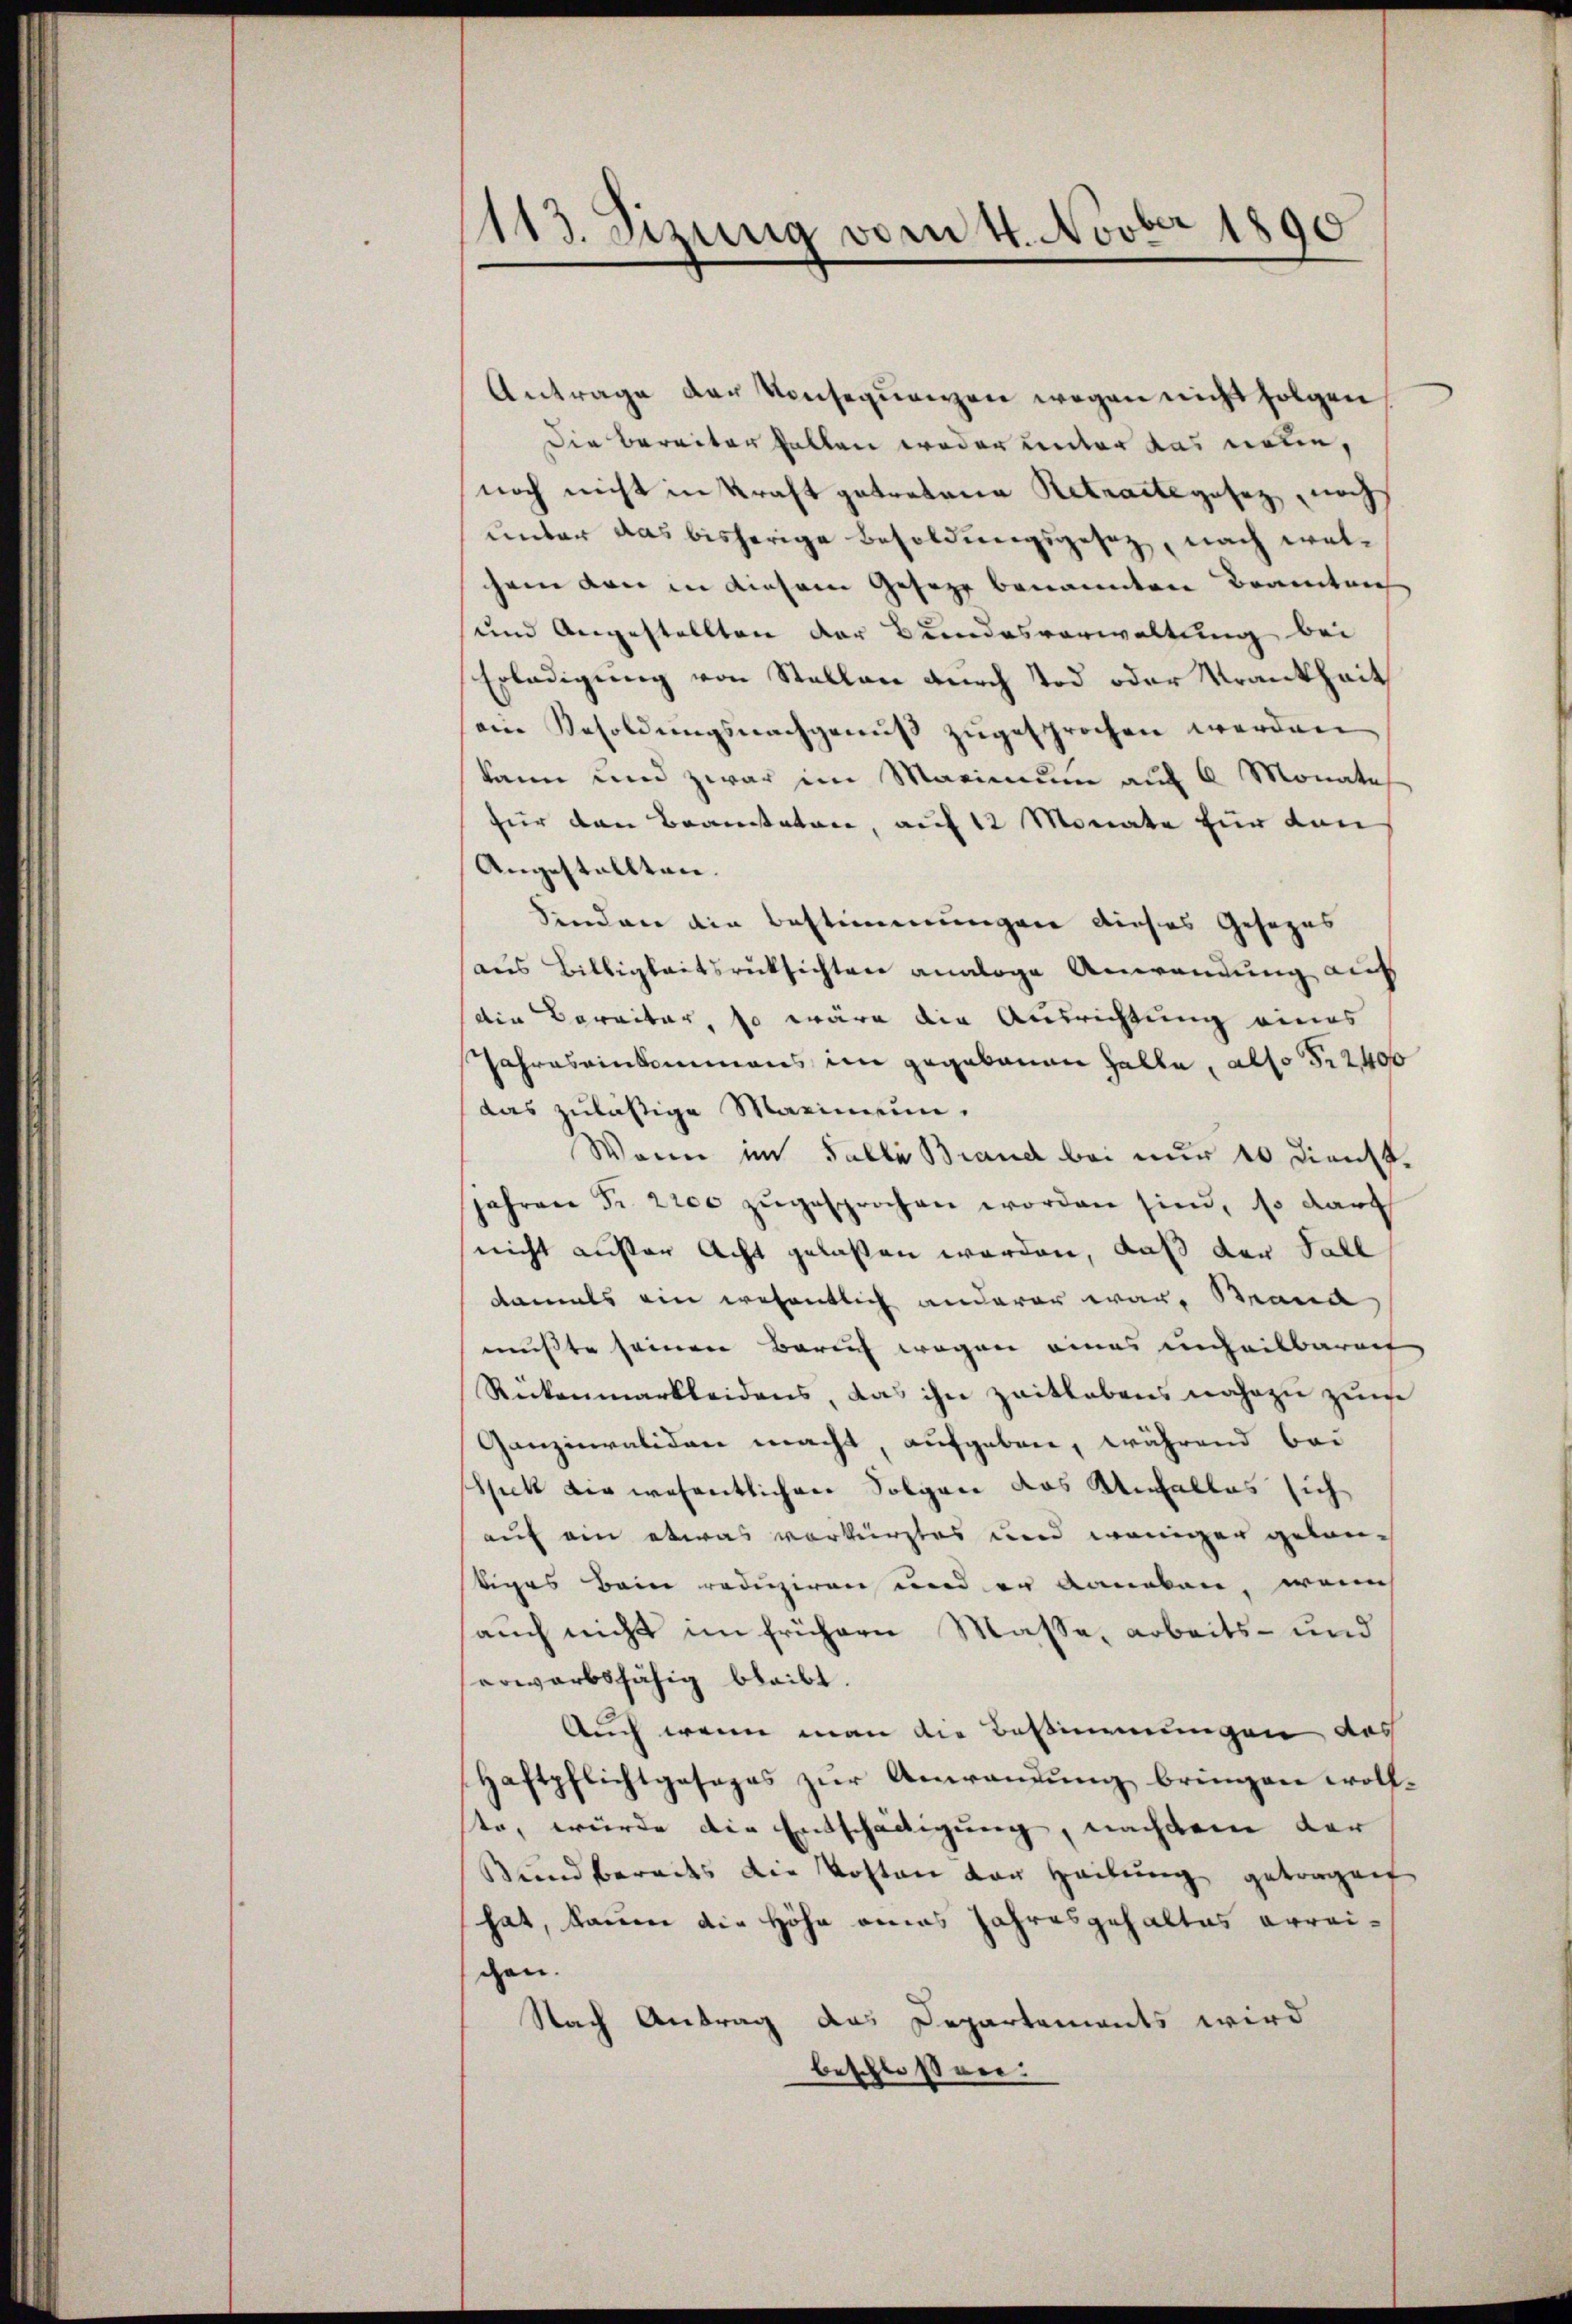
113. Sizung vom 4. Novber 1890

Antrage der Konsequenzen wegen nicht folgen
Die Bereiter halten weder unter das neue,
noch nicht in Kraft getretene Retracte gesez noch
unter das bisherige Besoldungsgesetz, nach welsein von in diesem Gesetz benannten Beamten
und Angestellten der Bundesverwaltung bei
Erledigung von Stellen durch Tod oder Krankheit
ein Besoldŭngsnachgenŭβ zŭgesprochen werden
kann und zwar im Marinum auf 6 Monate
für den Beanstatore, auf 12 Monate für dan
Angestallten.
Sinden ein Bestimmungen dieses Gesezes
aus Billigkeitsrücksichten analoge Anwendung auf
die Daraitär, so wäre die Ausrichtung eines
Jahres einkommens im gegebauen Halle, also S. 2400
das zuläßige Maximum.
Wenn im Falle Brand bei nur 10 Dienst.
jahren Fr. 2200 zugesprochen worden sind, so darf
nicht ausser Acht gelaßen werden, daß der Sall
damals ein wesentlich anderer war, Brand
mußte seinen Berauf wegen eines unheilbaren
Rückenmarkleidens, das ihn zeitlebens nahezu zum
Ganzinvaliden macht, aufgebene, während bei
sblick dir wesentlichen Folgen das Unfalles sich
auf ein etwas verkürztes und weniger gelantiges beim reduziren und er daneben, wenn
auch nicht im frühern Masse, arbeits- und
erwarbsfähig bleibt.
Auch wenn man die Bestimmungen das
Haftpflichtgesages zur Anwendung bringen wollte, würde die Entschäftigung, nachdem der
Bund berades die Kosten der Heilung getragen
hat, kamen die Höhe eines Jahresgehaltes erreichen.
Nach Antrag das Departements wird
beschloßen: